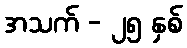
အသက် - ၂၅ နှစ်